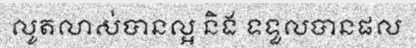
លូតលាស់បានល្អ និង ទទួលបានផល